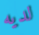
لديه